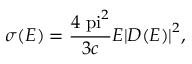
\sigma ( E ) = \frac { 4 \mathrm { \ p i } ^ { 2 } } { 3 c } E { | D ( E ) | } ^ { 2 } ,